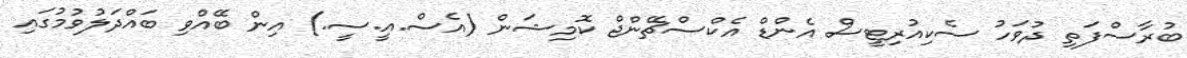
ބުރާސްފަތި ދުވަހު ސެކިއުރިޓީސް އެންޑް އެކްސްޗޭންޖް ކޮމިޝަން (އެސް.އީ.ސީ.) އިން ބޭއްވި ބައްދަލުވުމުގައި